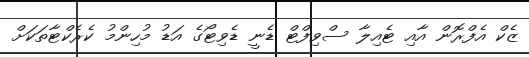
ޒެކް އެފްރޮން އާއި ޓެއިލާ ސްވިފްޓް ޑެނީ ޑެވިޓޯގެ އަޑު މުހިންމު ކެރެކްޓާތަކަށް